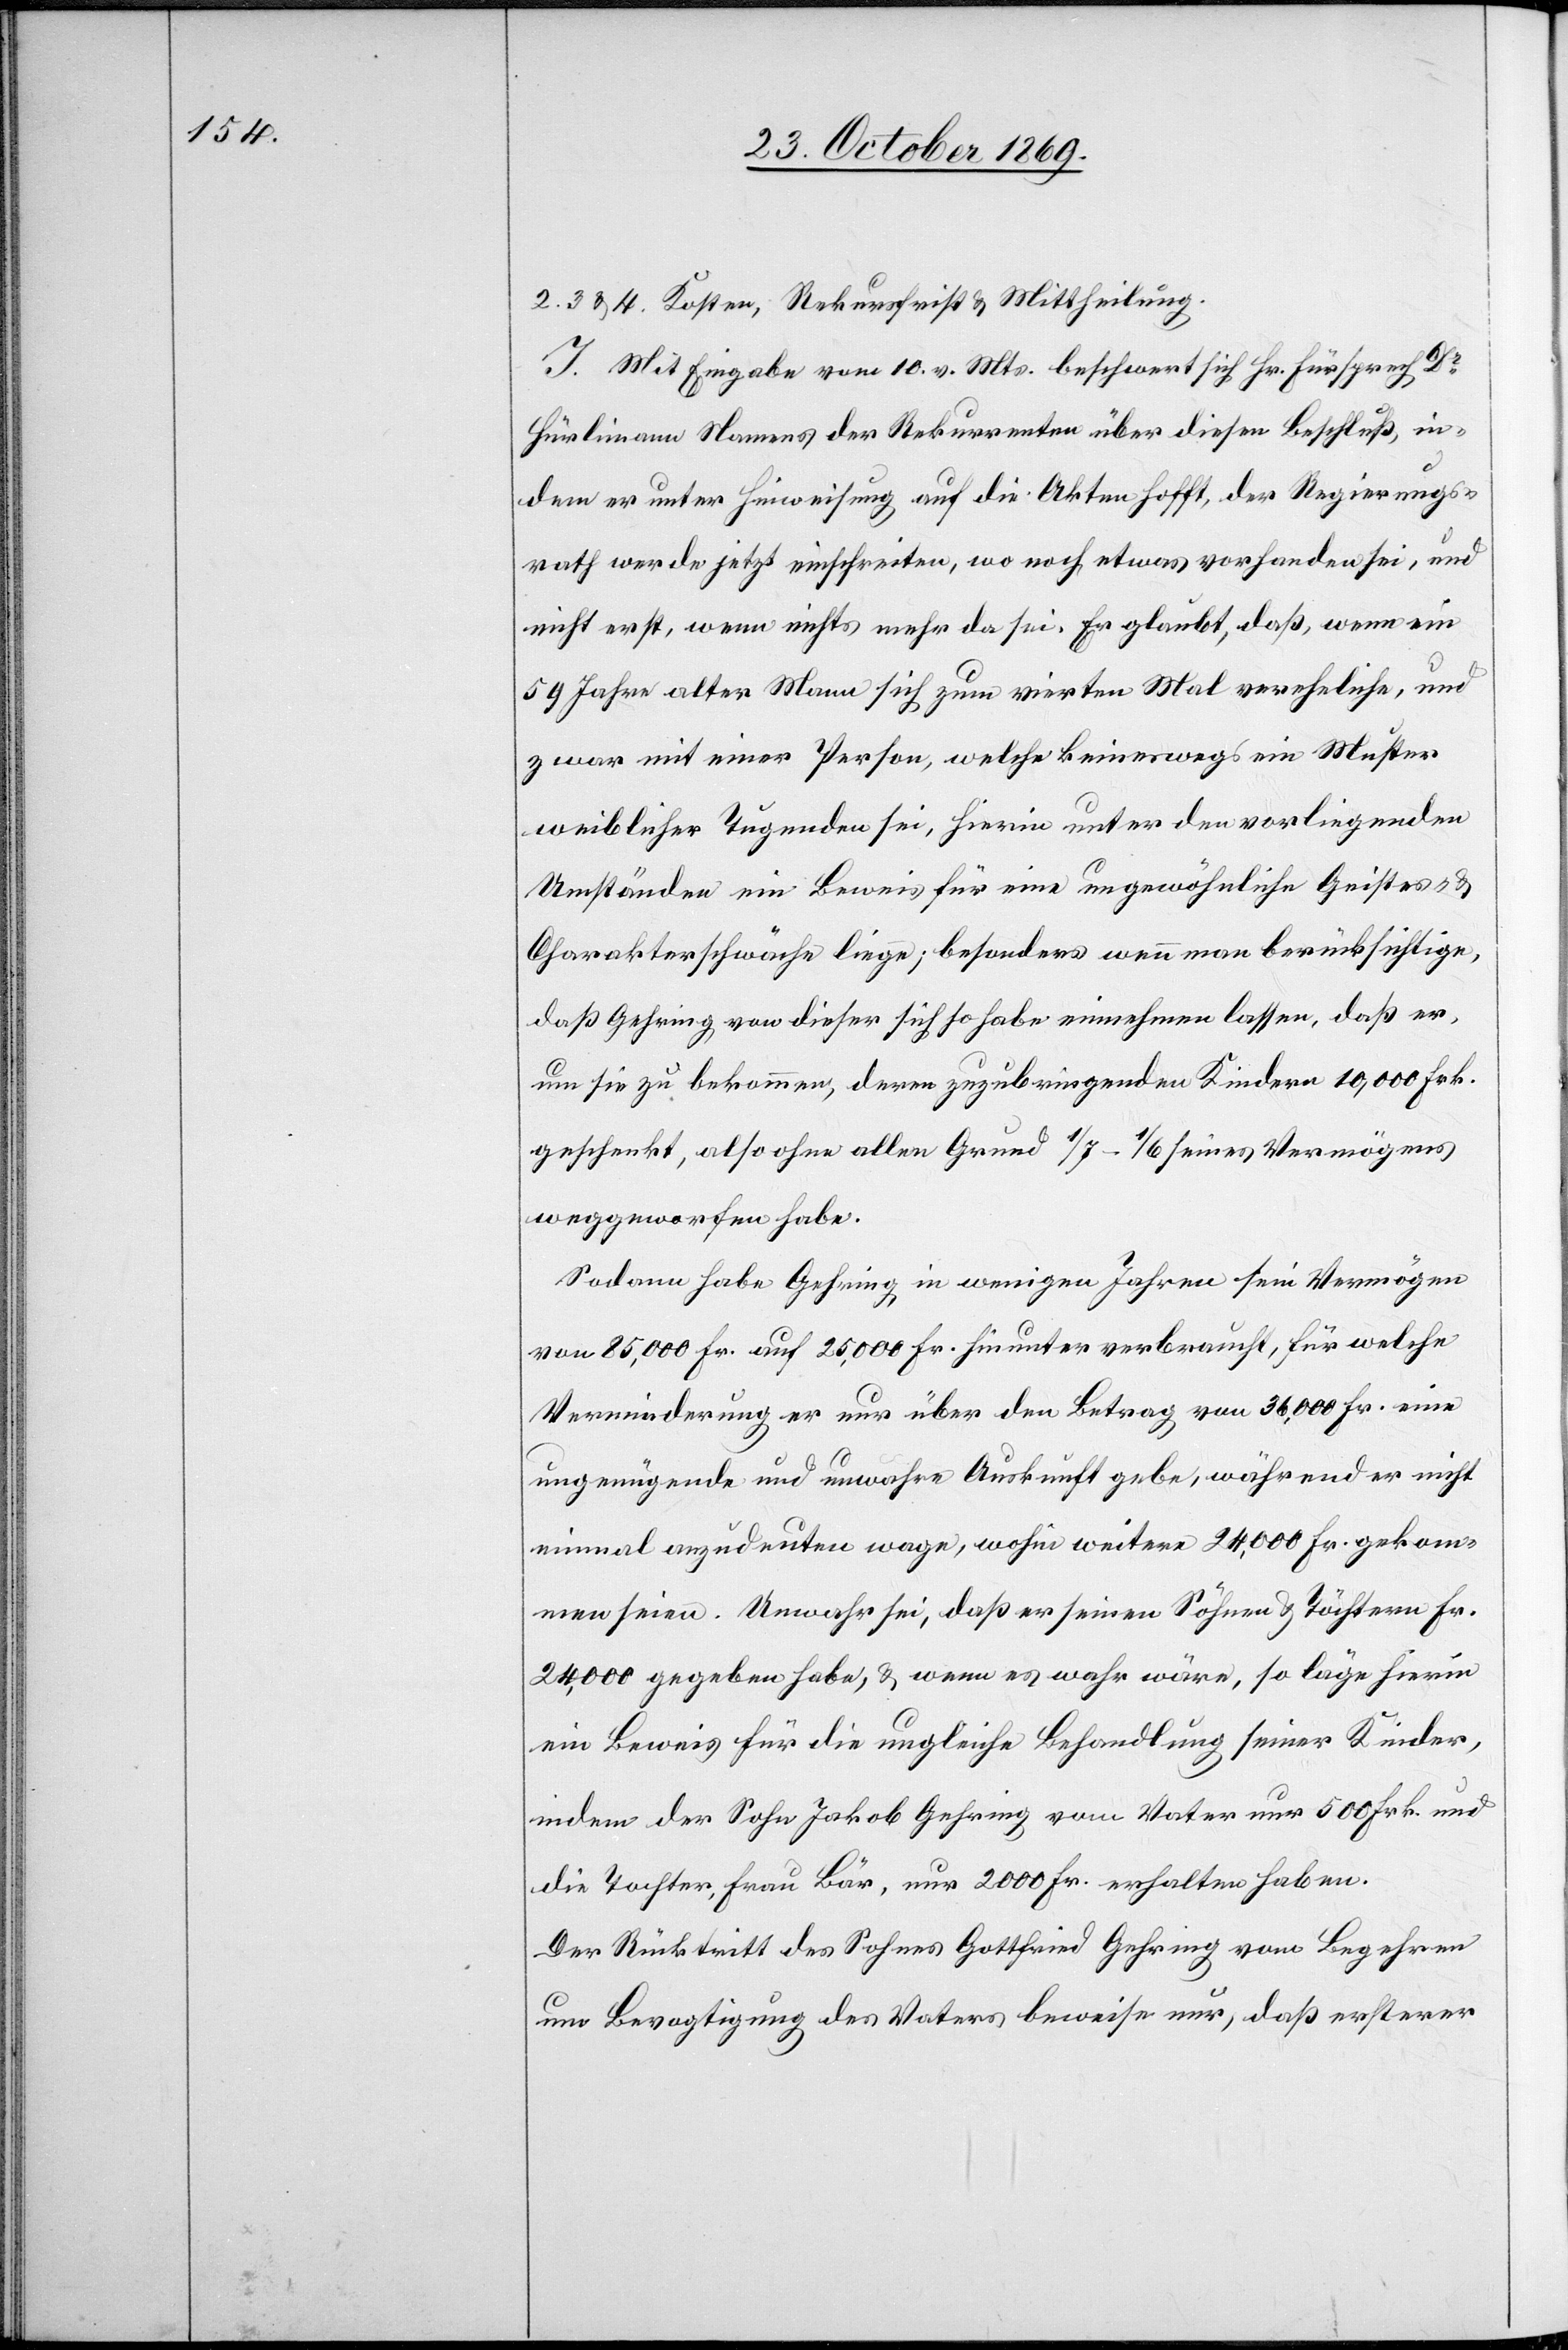
2. 3. & 4. Kosten, Rekursfrist & Mittheilung.
I. Mit Eingabe vom 10. v. Mts. beschwert sich Hr. Fürsprech Dr
Hürlimann Namens der Rekurrenten über diesen Beschluß, in¬
dem er unter Hinweisung auf die Akten hofft, der Regierungs¬
rath werde jetzt einschreiten, wo noch etwas vorhanden sei, und
nicht erst, wenn nichts mehr da sei. Er glaubt, daß, wenn ein
59 Jahre alter Mann sich zum vierten Mal vereheliche, und
zwar mit einer Person, welche keineswegs ein Muster
weiblicher Tugenden sei, hierin unter den vorliegenden
Umständen ein Beweis für eine ungewöhnliche Geistes- &
Charakterschwäche liege; besonders wenn man berücksichtige,
daß Gehring von dieser sich so habe einnehmen lassen, daß er,
um sie zu bekommen, deren zuzubringenden Kindern 10,000 Frk.
geschenkt, also ohne allen Grund 1/7–1/6 seines Vermögens
weggeworfen habe.
Sodann habe Gehring in wenigen Jahren sein Vermögen
von 85,000 Fr. auf 25,000 Fr. hinunter verbraucht, für welche
Verminderung er nur über den Betrag von 36,000 Fr. eine
ungenügende und unwahre Auskunft gebe, während er nicht
einmal anzudeuten wage, wohin weitere 24,000 Fr. gekom¬
men seien. Unwahr sei, daß er seinen Söhnen & Töchtern Fr.
24,000 gegeben habe, & wenn es wahr wäre, so läge hierin
ein Beweis für die ungleiche Behandlung seiner Kinder,
indem der Sohn Jakob Gehring vom Vater nur 500 Frk. und
die Tochter, Frau Bär, nur 2000 Fr. erhalten haben.
Der Rücktritt des Sohnes Gottfried Gehring vom Begehren
um Bevogtigung des Vaters beweise nur, daß ersterer